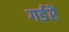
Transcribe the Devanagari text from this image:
गर्डरें